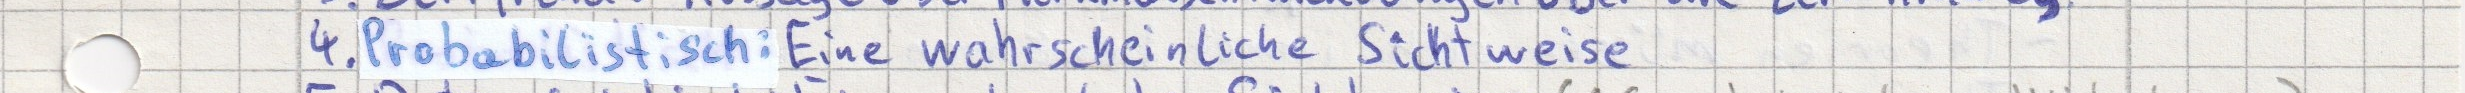
4. Probabilistisch: Eine wahrscheinliche Sichtweise